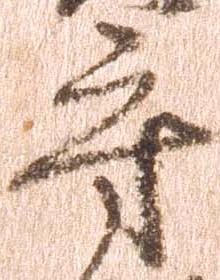
守